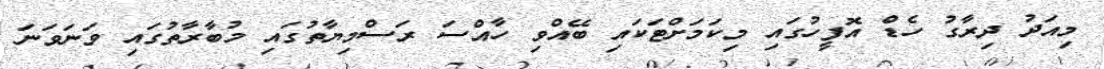
މިއަދު ދިރާގު ހެޑް އޮފީހުގައި މިކަމަށްޓަކައި ބޭއްވި ހާއްސަ ރަސްމިޔާތުގައި މުބާރާތުގައި ވަނަވަނަ